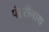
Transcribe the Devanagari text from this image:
पंढ़रीनाथ